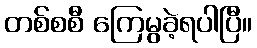
တစ်စစီ ကြေမွခဲ့ရပါပြီ။